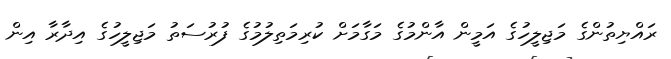
ރައްޔިތުންގެ މަޖިލީހުގެ އަމީން އާންމުގެ މަގާމަށް ކުރިމަތިލުމުގެ ފުރުސަތު މަޖިލީހުގެ އިދާރާ އިން